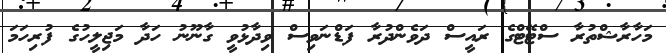
މަހާރާޝްތުރާ ސްޓޭޓްގެ ރައީސް ދަވެންދުރާ ފަޑްނަވިސް ވިދާޅުވީ ގާނޫނު ހަދާ މަޖިލީހުގެ ފުރިހަމަ